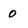
Character: 0